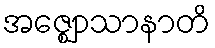
အဇ္ဈောသာနာတိ